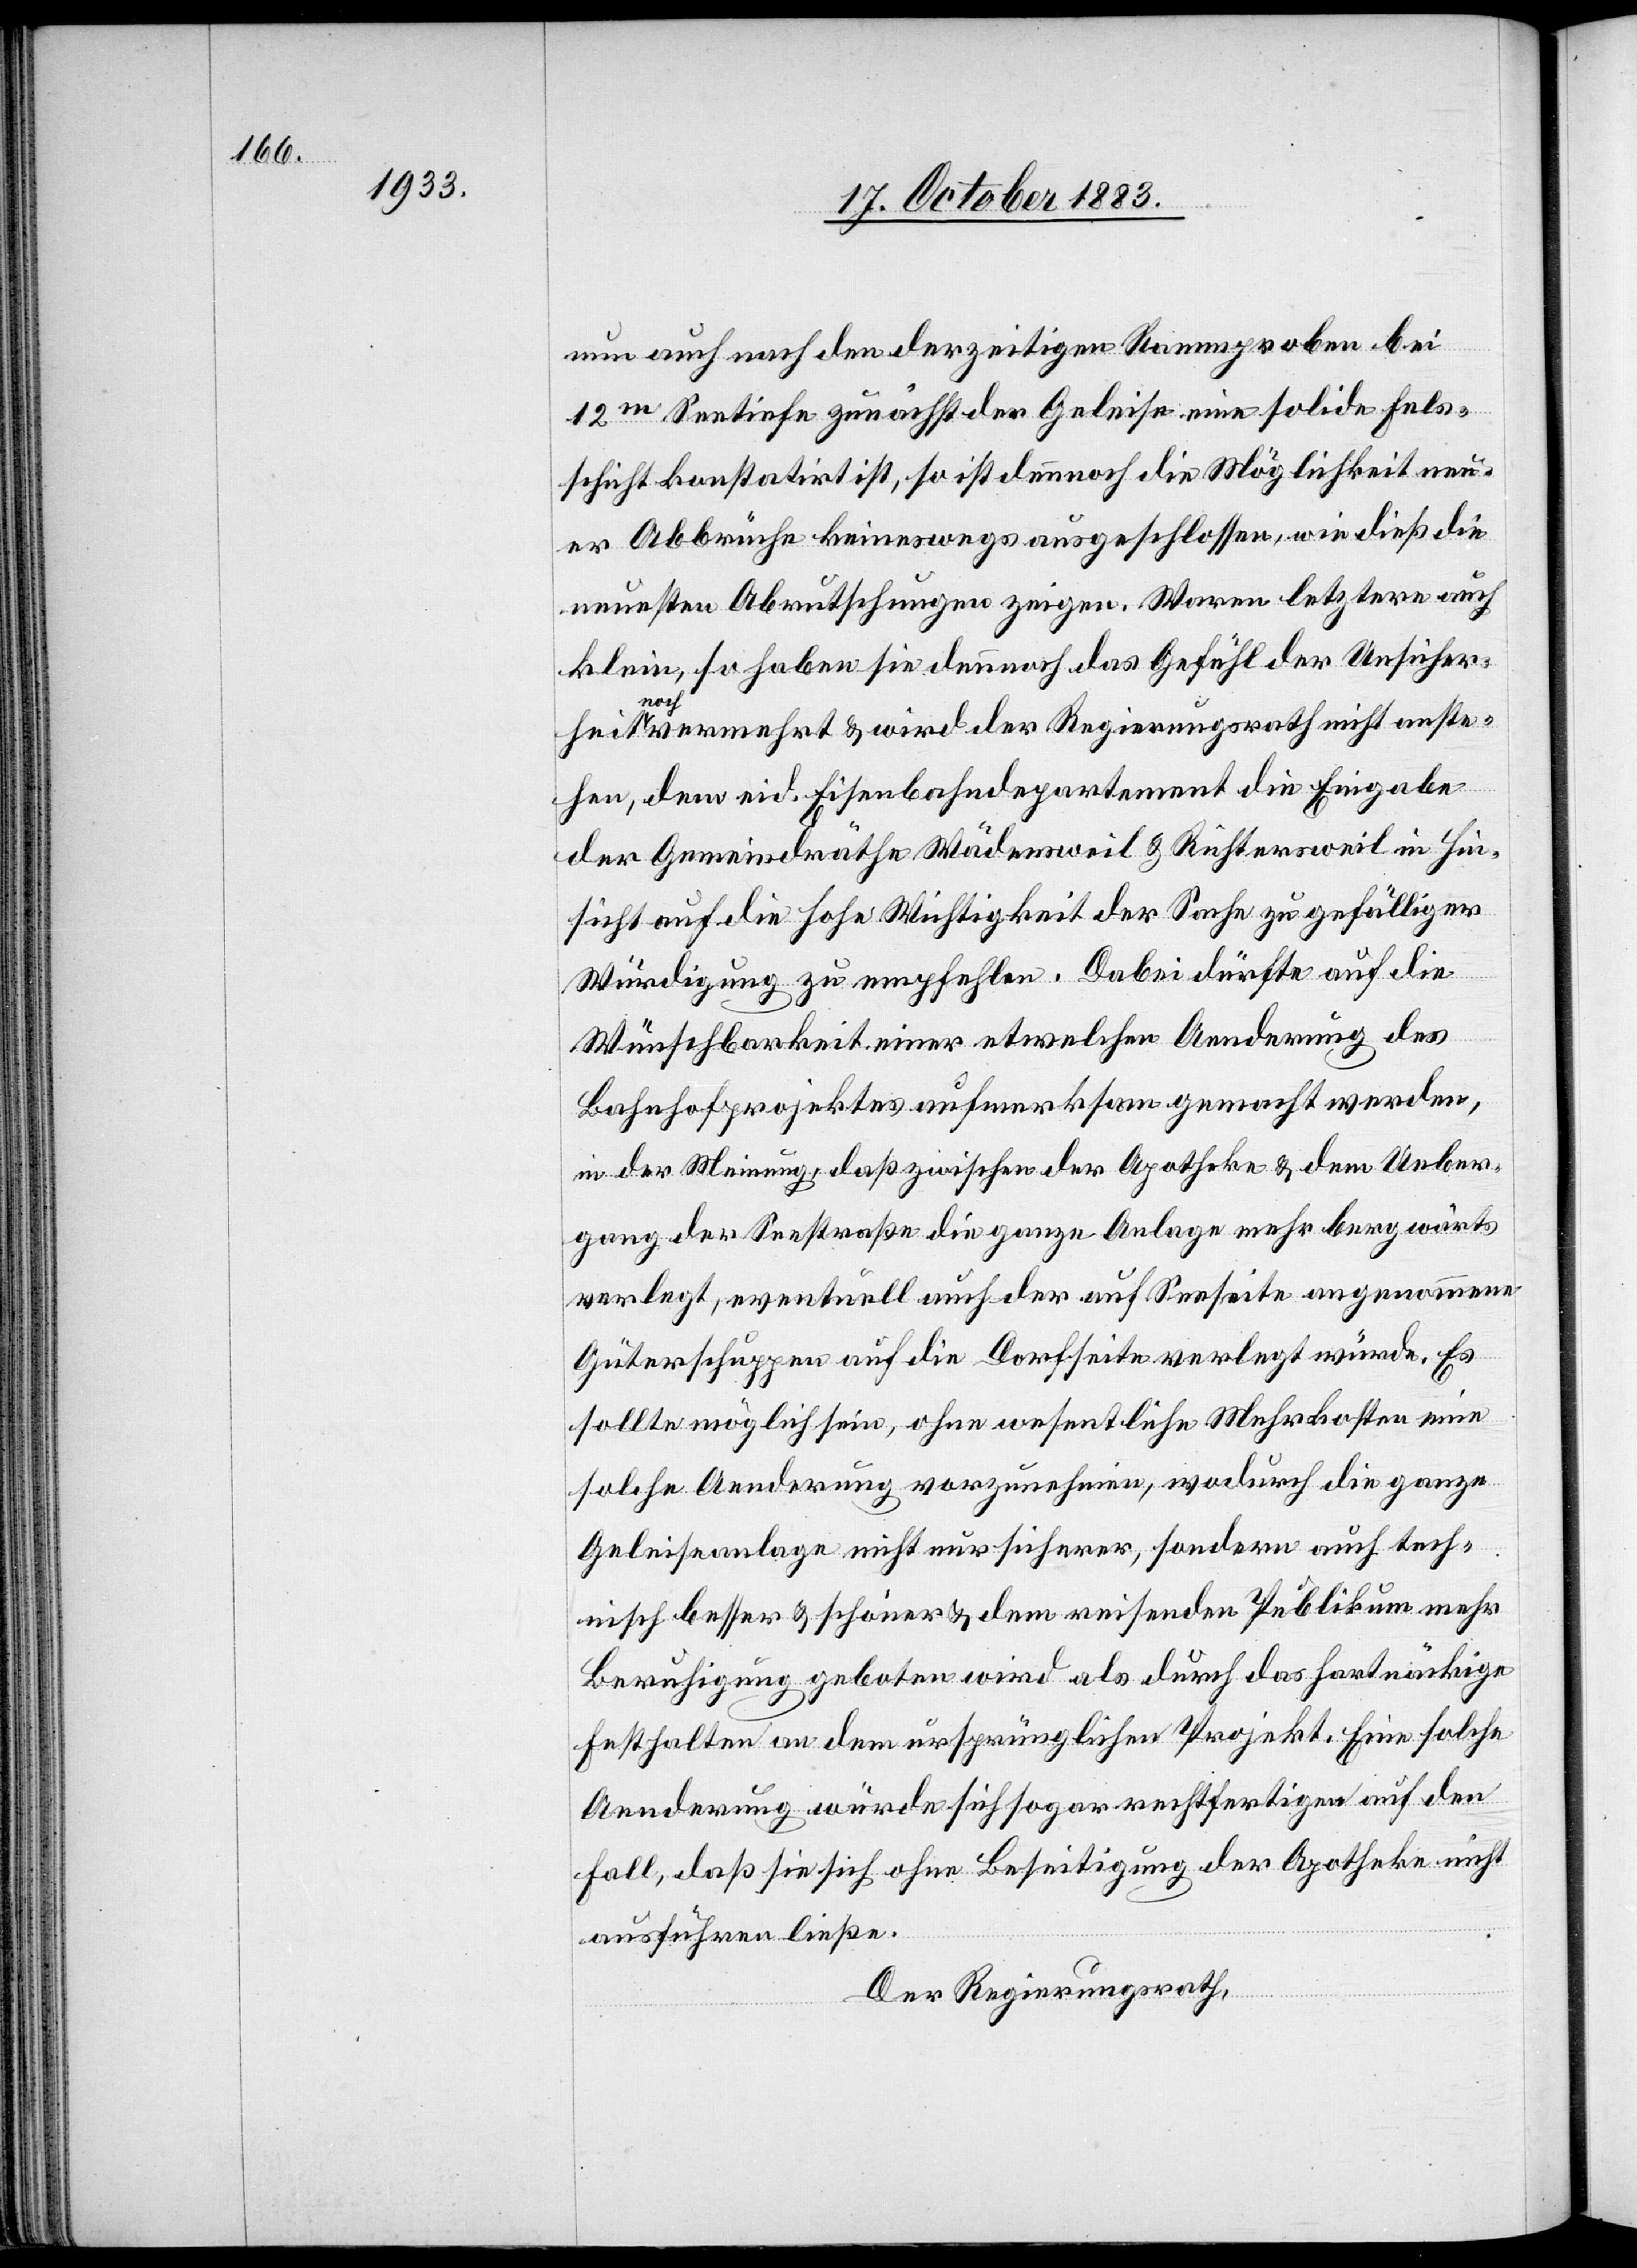
nun auch nach den derzeitigen Rammproben bei
12m Seetiefe zunächst der Geleise eine solide Fels¬
schicht konstatirt ist, so ist dennoch die Möglichkeit neu¬
er Abbrüche keineswegs ausgeschlossen, wie dieß die
neuesten Abrutschungen zeigen. Waren letztere auch
klein, so haben sie dennoch das Gefühl der Unsicher¬
noc¬
h vermehrt & wird der Regierungsrath nicht anste¬
hen, dem eid. Eisenbahndepartement die Eingabe
der Gemeindräthe Wädensweil & Richtersweil in Hin¬
sicht auf die hohe Wichtigkeit der Sache zu gefälliger
Würdigung zu empfehlen. Dabei dürfte auf die
Wünschbarkeit einer etwelchen Aenderung des
Bahnhofprojektes aufmerksam gemacht werden,
in der Meinung, daß zwischen der Apotheke & dem Ueber¬
gang der Seestraße die ganze Anlage mehr bergwärts
verlegt, eventuell auch der auf Seeseite angenommene
Güterschuppen auf die Dorfseite verlegt würde. Es
sollte möglich sein, ohne wesentliche Mehrkosten eine
solche Aenderung vorzunehmen, wodurch die ganze
Geleiseanlage nicht nur sicherer, sondern auch tech¬
nisch besser & schöner & dem reisenden Publikum mehr
Beruhigung geboten wird als durch das hartnäckige
Festhalten an dem ursprünglichen Projekt. Eine solche
Aenderung würde sich sogar rechtfertigen auf den
Fall, da sie sich ohne Beseitigung der Apotheke nicht
ausführen ließe.
Der Regierungsrath,